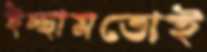
ইচ্ছামতোই